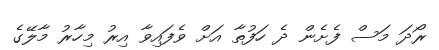
ރޯދަ މަސް ފެށެން ދެ ހަފުތާ އަށް ވެފައިވާ އިރު މިހާރު މާލޭގެ